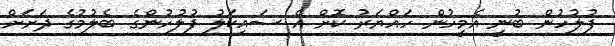
ފުލުހުން ބުނީ އެމީހުން ހައްޔަރު ކޮށް އެ ސައިކަލު ފުލުހުންގެ ބެލުމުގެ ދަށަށް